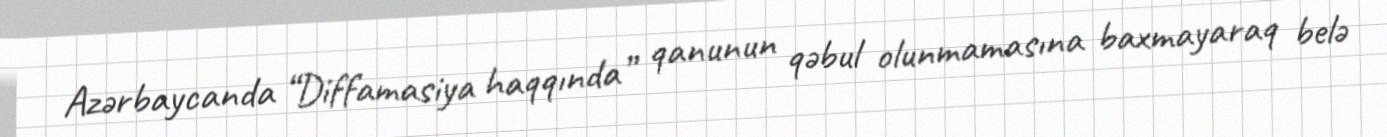
Azərbaycanda “Diffamasiya haqqında” qanunun qəbul olunmamasına baxmayaraq belə